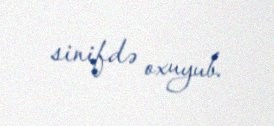
sinifdə oxuyub.